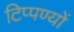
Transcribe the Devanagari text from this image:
टिप्पण्यों